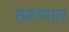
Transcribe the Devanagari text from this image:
तरूणात